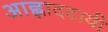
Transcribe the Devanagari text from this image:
आह्लाददायी